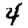
Digit: 4